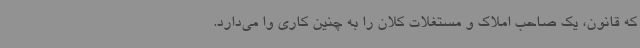
که قانون، یک صاحب املاک و مستغلات کلان را به چنین کاری وا می‌دارد.